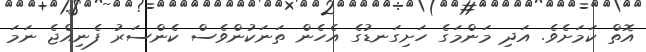
އޮތް ކަމަށެވެ. އަދި މަންމަގެ ހަށިގަނޑުގެ އެެހެން ތަނަކުންވެސް ކެންސަރު ފެނިއްޖެ ނަމަ